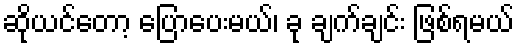
ဆိုယင်တော့ ပြောပေးမယ်၊ ခု ချက်ချင်း ဖြစ်ရမယ်